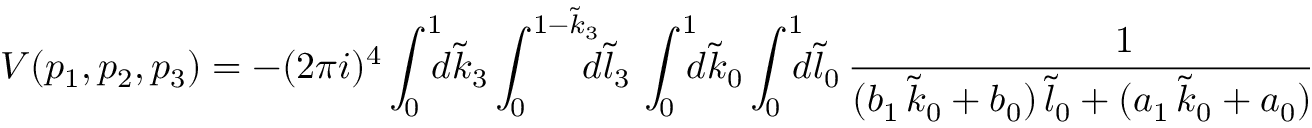
V ( p _ { 1 } , p _ { 2 } , p _ { 3 } ) = { } - ( 2 \pi i ) ^ { 4 } \int _ { 0 } ^ { 1 } \! \! \! d \tilde { k } _ { 3 } \int _ { 0 } ^ { 1 - \tilde { k } _ { 3 } } \! \! \! \! d \tilde { l } _ { 3 } \, \int _ { 0 } ^ { 1 } \! \! \! d \tilde { k } _ { 0 } \int _ { 0 } ^ { 1 } \! \! \! d \tilde { l } _ { 0 } \, \frac { 1 } { ( b _ { 1 } \, \tilde { k } _ { 0 } + b _ { 0 } ) \, \tilde { l } _ { 0 } + ( a _ { 1 } \, \tilde { k } _ { 0 } + a _ { 0 } ) + \, i \eta }